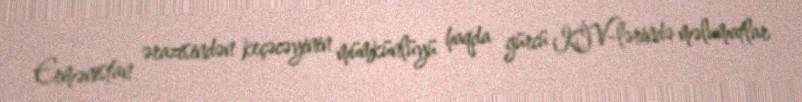
Ermənistan ərazisindən keçəcəyinin mümkünlüyü haqda gürcü KİV-lərində məlumatlar